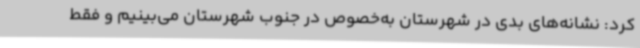
کرد: نشانه‌های بدی در شهرستان به‌خصوص در جنوب شهرستان می‌بینیم و فقط